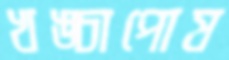
খঙ্চাপোষ